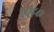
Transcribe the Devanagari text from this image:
रह०